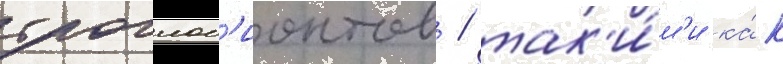
троглоб'ионтов / так'и́м'и ка́к